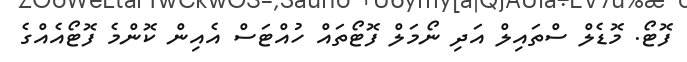
ފޮޓޯ. މޮޑެލް ސްތައިލް އަދި ނޯމަލް ފޮޓޯތައް ހުއްޓަސް އެއިން ކޮންމެ ފޮޓޯއެއްގެ